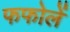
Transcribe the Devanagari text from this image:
फफोलें